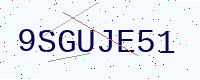
Text: 9SGUJE51